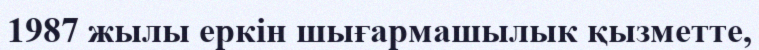
1987 жылы еркін шығармашылык қызметте,